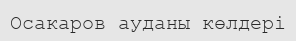
Осакаров ауданы көлдері